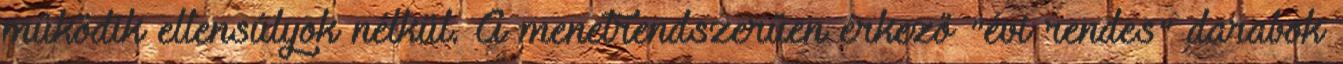
működik ellensúlyok nélkül. A menetrendszerűen érkező "évi rendes" darabok